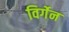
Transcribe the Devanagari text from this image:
विर्गेन